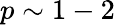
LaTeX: p\sim 1-2